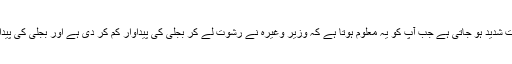
حالات کی تلخی اس وقت شدید ہو جاتی ہے جب آپ کو یہ معلوم ہوتا ہے کہ وزیر وغیرہ نے رشوت لے کر بجلی کی پیداوار کم کر دی ہے اور بجلی کی پیداوار ہی کم نہیں کی ہے۔